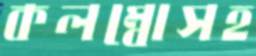
কলম্বোসহ